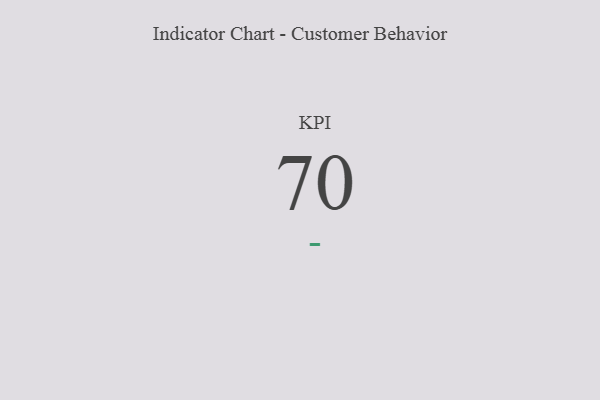
{"axis": {"x": "KPI", "y": "Value"}, "legend": [""], "data": [{"x": "KPI", "y": 70, "type": ""}]}